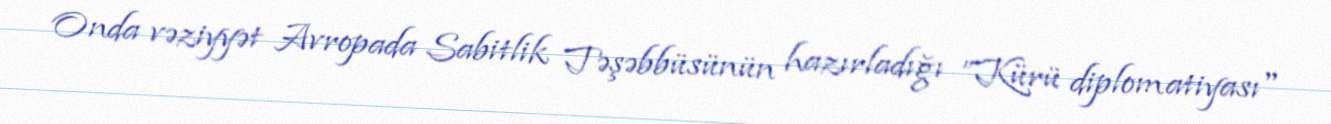
Onda vəziyyət Avropada Sabitlik Təşəbbüsünün hazırladığı ”Kürü diplomatiyası"